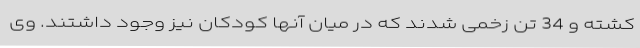
کشته و 34 تن زخمی شدند که در میان آنها کودکان نیز وجود داشتند. وی